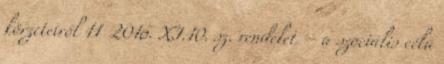
körzeteiről 11 2016. XI.10. sz. rendelet – a szociális célú